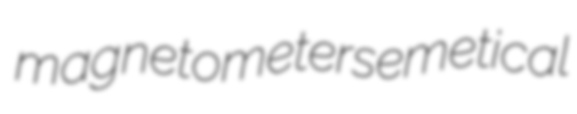
magnetometers emetical